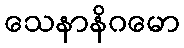
သေနာနိဂမော